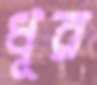
ধূর